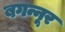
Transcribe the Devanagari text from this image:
बगन्नूर